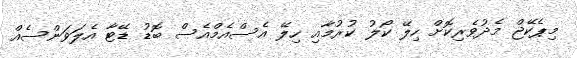
މިޕެކޭޖް މެދުވެރިކޮށް ހިލޭ ކޯލު ކުރުމާއި ހިލޭ އެސްއެމްއެސް ބޮޑު ޑޭޓާ އެލަވަންސެއް